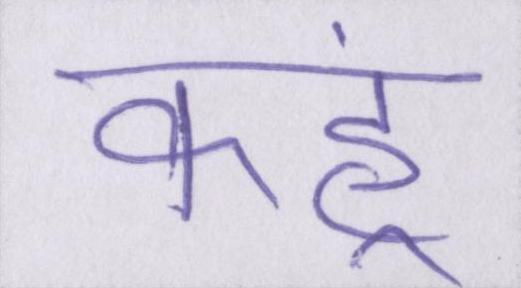
कहूं